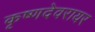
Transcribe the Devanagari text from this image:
कृष्णदेवरायर